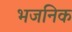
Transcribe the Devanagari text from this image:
भजनिक